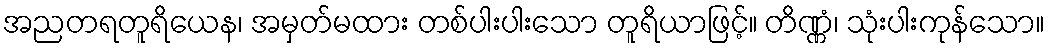
အညတရတူရိယေန၊ အမှတ်မထား တစ်ပါးပါးသော တူရိယာဖြင့်။ တိဏ္ဏံ၊ သုံးပါးကုန်သော။